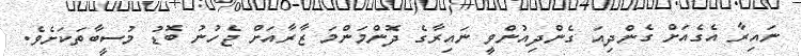
ނައިރާ އެގެއަށް ގެންދިއަ ގެންދިއުންވީ ނައިރާގެ ދޮންމަންމަ ޒާރާއަށް ޖެހުނު ބޮޑު މުސީބާތަކަށެވެ.